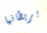
بريطانيا